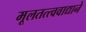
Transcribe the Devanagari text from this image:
मूलतत्त्ववाद्याने